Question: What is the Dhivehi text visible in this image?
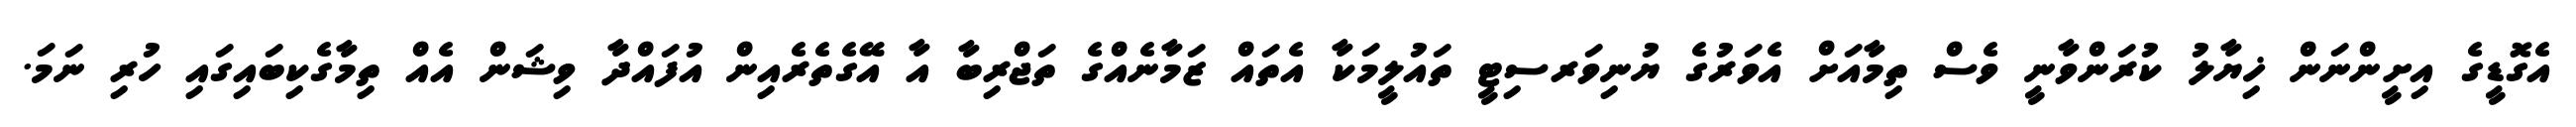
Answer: އެގޮޑީގެ އިށީންނަން ޚިޔާލު ކުރަންވާނީ ވެސް ތިމާއަށް އެވަރުގެ ޔުނިވަރސިޓީ ތައުލީމަކާ އެތައް ޒަމާނެއްގެ ތަޖްރިބާ އާ އޭގެތެރެއިން އުފައްދާ ވިޝަން އެއް ތިމާގެކިބައިގައި ހުރި ނަމަ.